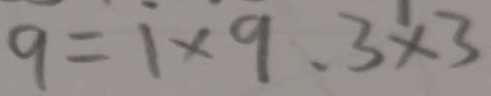
9 = 1 \times 9 . 3 \times 3